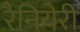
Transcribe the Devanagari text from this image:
रैनियेरी